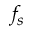
f _ { s }